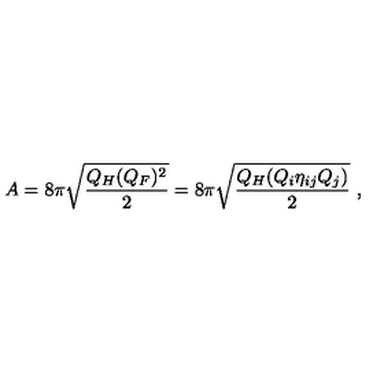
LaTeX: A = 8 \pi \sqrt { \frac { Q _ { H } ( Q _ { F } ) ^ { 2 } } { 2 } } = 8 \pi \sqrt { \frac { Q _ { H } ( Q _ { i } \eta _ { i j } Q _ { j } ) } { 2 } } \ ,